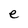
Character: e